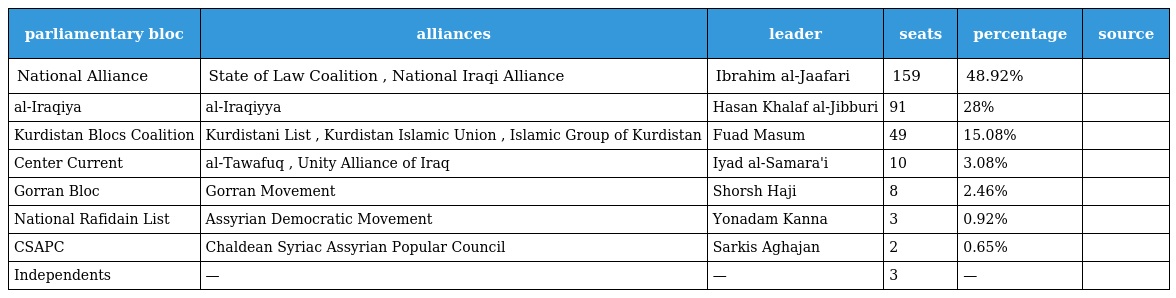
| parliamentary bloc | alliances | leader | seats | percentage | source |
 | --- | --- | --- | --- | --- | --- |
 | National Alliance | State of Law Coalition , National Iraqi Alliance | Ibrahim al-Jaafari | 159 | 48.92% |  |
 | al-Iraqiya | al-Iraqiyya | Hasan Khalaf al-Jibburi | 91 | 28% |  |
 | Kurdistan Blocs Coalition | Kurdistani List , Kurdistan Islamic Union , Islamic Group of Kurdistan | Fuad Masum | 49 | 15.08% |  |
 | Center Current | al-Tawafuq , Unity Alliance of Iraq | Iyad al-Samara'i | 10 | 3.08% |  |
 | Gorran Bloc | Gorran Movement | Shorsh Haji | 8 | 2.46% |  |
 | National Rafidain List | Assyrian Democratic Movement | Yonadam Kanna | 3 | 0.92% |  |
 | CSAPC | Chaldean Syriac Assyrian Popular Council | Sarkis Aghajan | 2 | 0.65% |  |
 | Independents | — | — | 3 | — |  |